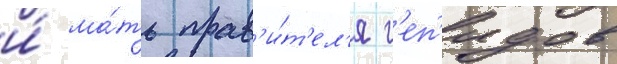
и́ ма́ть прав'и́т'ел'я г'еп'идов